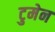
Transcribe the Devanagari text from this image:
टुमेन